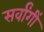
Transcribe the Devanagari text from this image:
सर्वांगीं